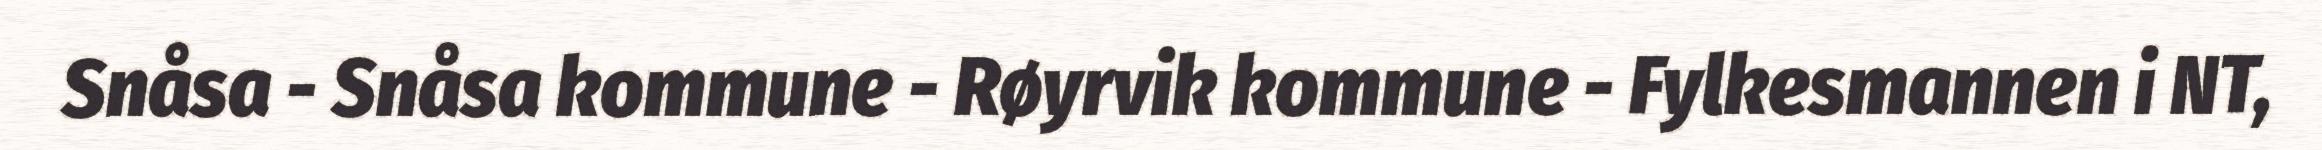
Snåsa - Snåsa kommune - Røyrvik kommune - Fylkesmannen i NT,